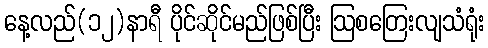
နေ့လည်(၁၂)နာရီ ပိုင်ဆိုင်မည်ဖြစ်ပြီး ဩစတြေးလျသံရုံး